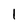
Character: 1